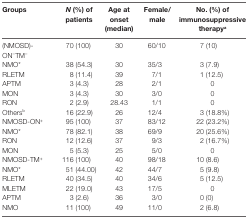
| Groups | N (%) of patients | Age at onset (median) | Female/male | No. (%) of immunosuppressive therapya |
 | --- | --- | --- | --- | --- |
 | (NMOSD)-ON−TM− | 70 (100) | 30 | 60/10 | 7 (10) |
 | NMO* | 38 (54.3) | 30 | 35/3 | 3 (7.9) |
 | RLETM | 8 (11.4) | 39 | 7/1 | 1 (12.5) |
 | APTM | 3 (4.3) | 28 | 2/1 | 0 |
 | MON | 3 (4.3) | 30 | 3/0 | 0 |
 | RON | 2 (2.9) | 28.43 | 1/1 | 0 |
 | Othersb | 16 (22.9) | 26 | 12/4 | 3 (18.8%) |
 | NMOSD-ON+ | 95 (100) | 37 | 83/12 | 22 (23.2%) |
 | NMO* | 78 (82.1) | 38 | 69/9 | 20 (25.6%) |
 | RON | 12 (12.6) | 37 | 9/3 | 2 (16.7%) |
 | MON | 5 (5.3) | 25 | 5/0 | 0 |
 | NMOSD-TM+ | 116 (100) | 40 | 98/18 | 10 (8.6) |
 | NMO* | 51 (44.00) | 42 | 44/7 | 5 (9.8) |
 | RLETM | 40 (34.5) | 40 | 34/6 | 5 (12.5) |
 | MLETM | 22 (19.0) | 43 | 17/5 | 0 |
 | APTM | 3 (2.6) | 36 | 3/0 | 0 (0) |
 | NMO | 11 (100) | 49 | 11/0 | 2 (6.8) |